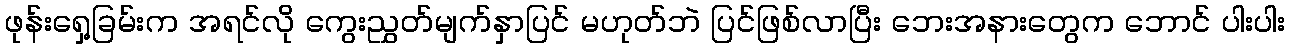
ဖုန်းရှေ့ခြမ်းက အရင်လို ကွေးညွှတ်မျက်နှာပြင် မဟုတ်ဘဲ ပြင်ဖြစ်လာပြီး ဘေးအနားတွေက ဘောင် ပါးပါး